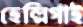
হেল্লিগাই